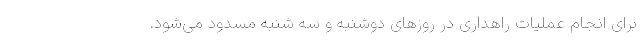
برای انجام عملیات راهداری در روزهای دوشنبه و سه شنبه مسدود می‌شود.